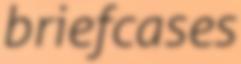
briefcases